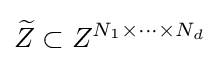
{\widetilde {Z}}\subset Z^{N_{1}\times \cdots \times N_{d}}